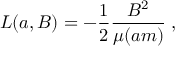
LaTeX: { \cal L } ( a , B ) = - \frac { 1 } { 2 } \frac { B ^ { 2 } } { \mu ( a m ) } \; ,